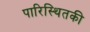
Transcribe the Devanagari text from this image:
पारिस्थितकी